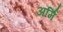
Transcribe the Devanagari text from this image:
अर्मि